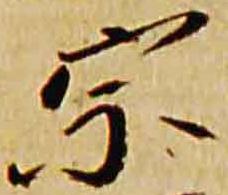
宗